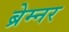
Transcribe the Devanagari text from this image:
ब्रेम्नर